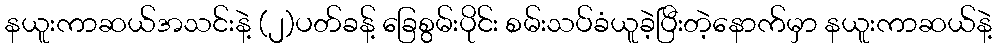
နယူးကာဆယ်အသင်းနဲ့ (၂)ပတ်ခန့် ခြေစွမ်းပိုင်း စမ်းသပ်ခံယူခဲ့ပြီးတဲ့နောက်မှာ နယူးကာဆယ်နဲ့